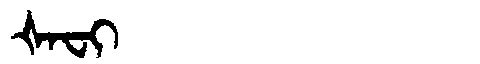
Manchu: ᡧᠠᠸᡳ
Romanization: ŠAFI